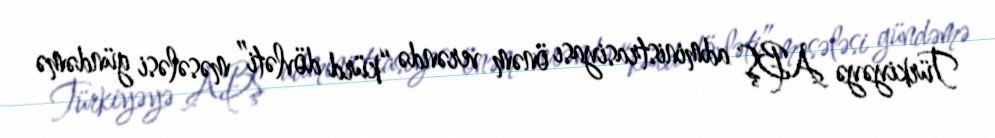
Türkiyəyə ABŞ administrasiyası önəm verəndə “kürd dövləti” məsələsi gündəmə